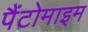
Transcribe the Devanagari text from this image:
पैंटोमाइम